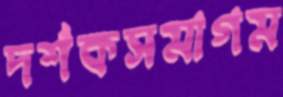
দর্শকসমাগম